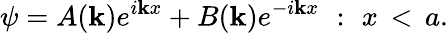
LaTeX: \psi=A(\mathbf{k})e^{i\mathbf{k}x}+B(\mathbf{k})e^{-i\mathbf{k}x}\, \, :\, \, x\, <\, a.